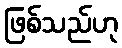
ဖြစ်သည်ဟု